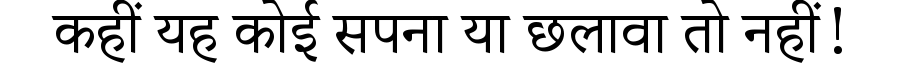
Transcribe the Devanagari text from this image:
कहीं यह कोई सपना या छलावा तो नहीं!